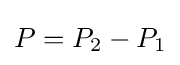
P=P_{2}-P_{1}